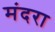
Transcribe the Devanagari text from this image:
मंदरा